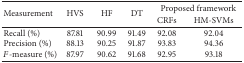
| <ROWSPAN=2> Measurement | <ROWSPAN=2> HVS | <ROWSPAN=2> HF | <ROWSPAN=2> DT | <COLSPAN=2> Proposed framework |
 | CRFs | HM-SVMs |
 | --- | --- | --- | --- | --- | --- |
 | Recall (%) | 87.81 | 90.99 | 91.49 | 92.08 | 92.04 |
 | Precision (%) | 88.13 | 90.25 | 91.87 | 93.83 | 94.36 |
 | F-measure (%) | 87.97 | 90.62 | 91.68 | 92.95 | 93.18 |